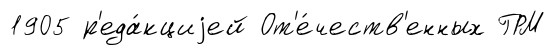
1905 р'еда́кциjей От'е́честв'енных ГРМ